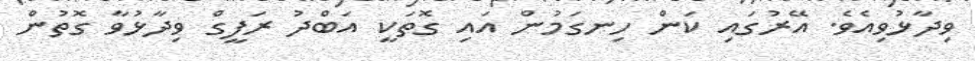
ވިދާޅުވިއެވެ. އޭރުގައި ކަން ހިނގަމުން އައި ގޮތަކީ އަބްދު ރަފީގް ވިދާޅުވާ ގޮތުން